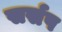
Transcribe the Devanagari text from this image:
सर्सप